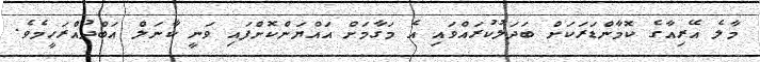
މާލެ އޭރިއާގެ ކޮމާންޑަރަކަށް ބަދަލުކުރައްވައި އެ މަގާމަށް އައްޔަންކޮށްފައި ވަނީ ކާނަލް އަބްދުއްރަހީމެވެ.